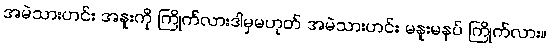
အမဲသားဟင်း အနူးကို ကြိုက်လားဒါမှမဟုတ် အမဲသားဟင်း မနူးမနပ် ကြိုက်လား။